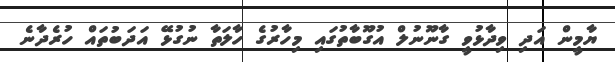
ޔާމީން އަދި ވިދާޅުވީ ގާނޫނުލް އުގޫބާތުގައި މިހާރުގެ ހާލަތާ ނުގުޅޭ އަދަބުތައް ހުރެދާނެ